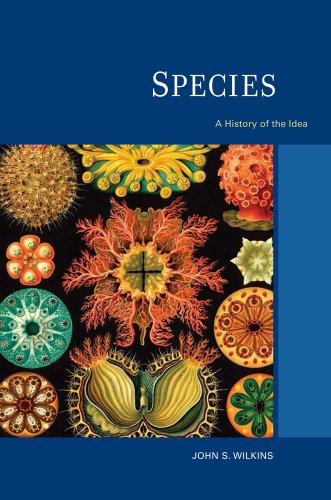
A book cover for Species: A History of the Idea (Species and Systematics); John S. Wilkins; Science & Math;